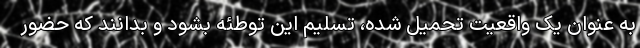
به عنوان یک واقعیت تحمیل شده، تسلیم این توطئه بشود و بدانند که حضور